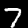
Digit: 7